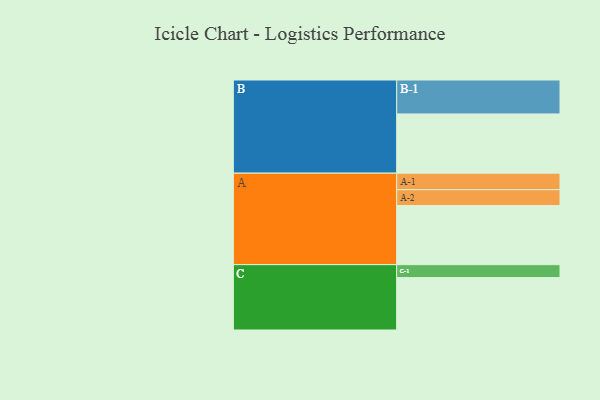
{"axis": {"x": "Segment", "y": "Value"}, "legend": ["", "A", "B", "C"], "data": [{"x": "A", "y": 512, "type": ""}, {"x": "B", "y": 513, "type": ""}, {"x": "C", "y": 454, "type": ""}, {"x": "A-1", "y": 143, "type": "A"}, {"x": "A-2", "y": 137, "type": "A"}, {"x": "B-1", "y": 294, "type": "B"}, {"x": "C-1", "y": 112, "type": "C"}]}